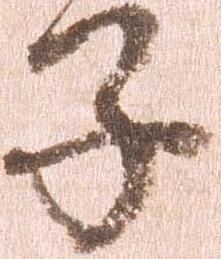
子